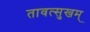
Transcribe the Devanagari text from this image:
तावत्सुखम्